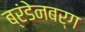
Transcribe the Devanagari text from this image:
ब्रंडेनबर्ग